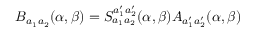
B _ { a _ { 1 } a _ { 2 } } ( \alpha , \beta ) = S _ { a _ { 1 } a _ { 2 } } ^ { a _ { 1 } ^ { \prime } a _ { 2 } ^ { \prime } } ( \alpha , \beta ) A _ { a _ { 1 } ^ { \prime } a _ { 2 } ^ { \prime } } ( \alpha , \beta )